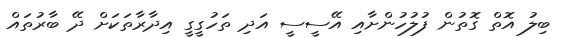
ބިލު އޮތް ގޮތުން ފުލުހުންށާއި އޭސީސީ އަދި ތަހުގީގީ އިދާރާތަަކަށް ދޭ ބާރުތައް